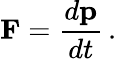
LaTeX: \mathbf{F}={\frac{d\mathbf{p}}{dt}}\, .